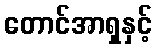
တောင်အာရှနှင့်